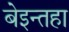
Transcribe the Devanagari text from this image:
बेइन्तहा